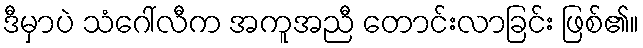
ဒီမှာပဲ သံဂေါ်လီက အကူအညီ တောင်းလာခြင်း ဖြစ်၏။